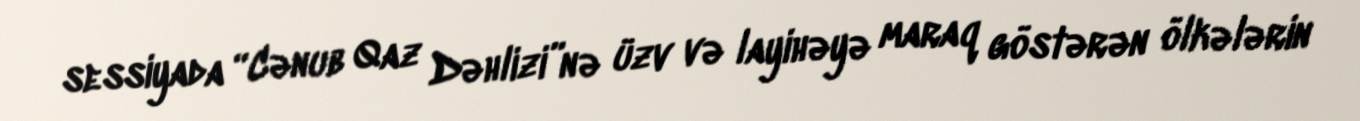
sessiyada “Cənub Qaz Dəhlizi”nə üzv və layihəyə maraq göstərən ölkələrin